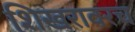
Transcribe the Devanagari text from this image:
शिखरावरच